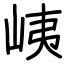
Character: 峓